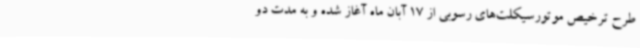
طرح ترخیص موتورسیکلت‌های رسوبی از 17 آبان ماه آغاز شده و به مدت دو